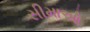
સીમાઓ